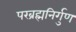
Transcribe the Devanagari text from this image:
परब्रह्मनिर्गुण